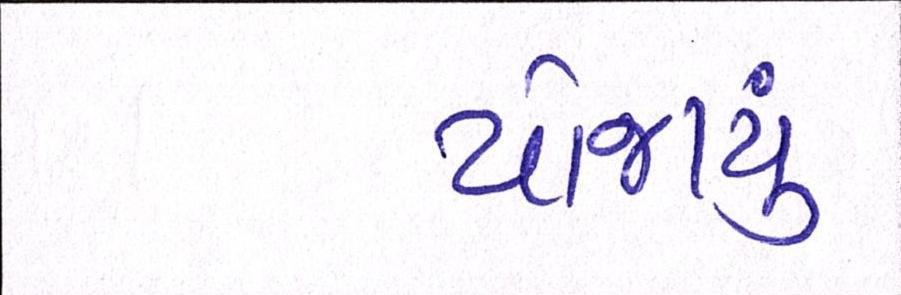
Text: યોજાયું